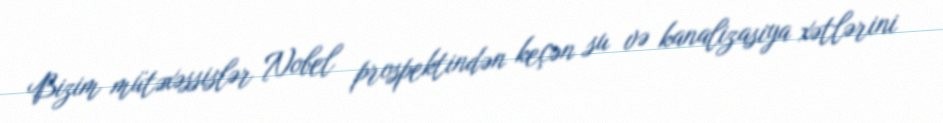
Bizim mütəxəssislər Nobel prospektindən keçən su və kanalizasiya xətlərini